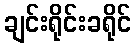
ချင်းရိုင်းခရိုင်